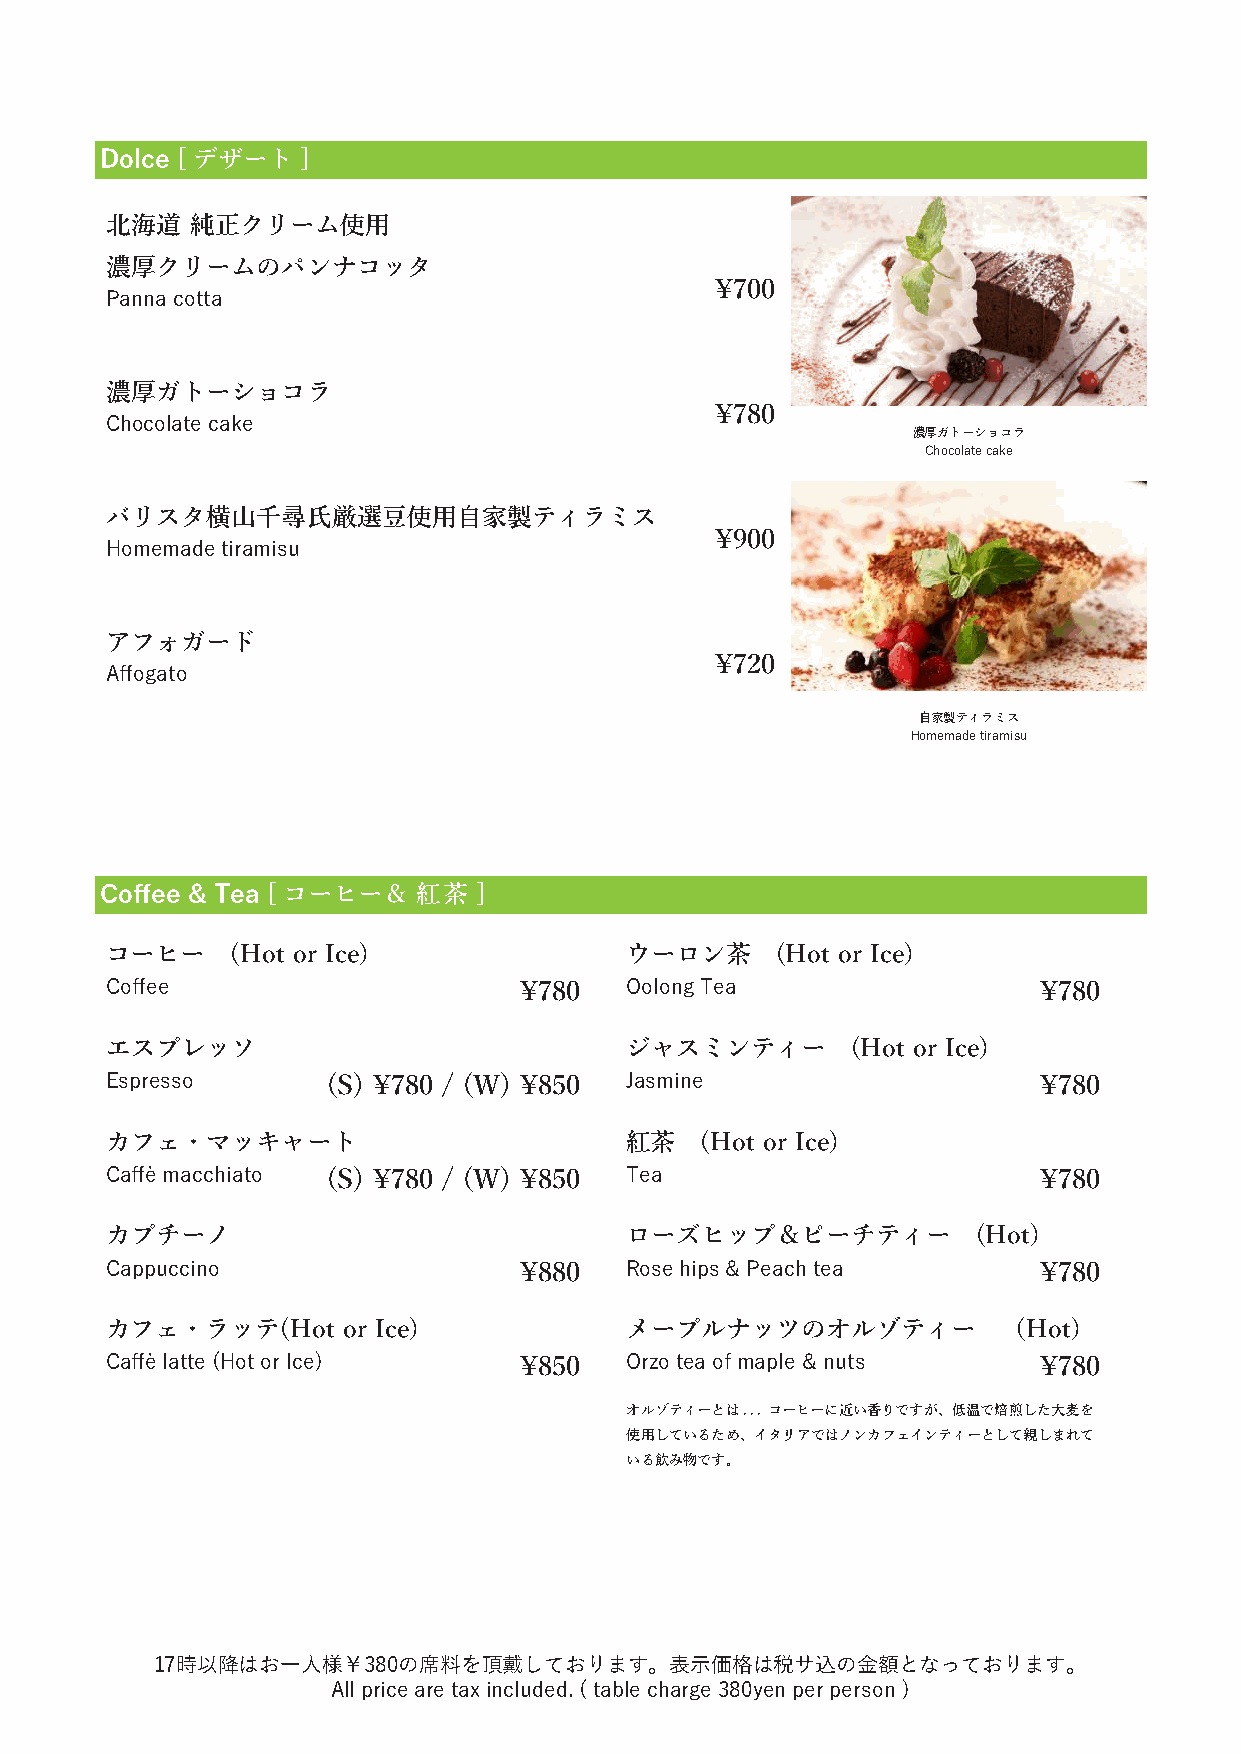
Dolce [デザート]
 北海道   純正クリーム使用
 濃厚クリームのパンナコッタ
 \700
 Panna cotta
 濃厚ガトーショコラ
 \780
 Chocolate cake
 濃厚ガトーショコラ
 Chocolate cake
 バリスタ横山千尋氏厳選豆使用自家製ティラミス
 \900
 Homemade tiramisu
 アフォガード
 \720
 Affogato
 自家製ティラミス
 Homemade tiramisu
 Coffee & Tea [コーヒー＆  紅茶  ]
 コーヒー    (Hot or Ice)              ウーロン茶     (Hot or Ice)
 Coffee                     \780   Oolong Tea                  \780
 エスプレッソ                            ジャスミンティー       (Hot or Ice)
 Espresso       (S) \780 / (W) \850 Jasmine                    \780
 カフェ・マッキャート                        紅茶   (Hot or Ice)
 Caffè macchiato (S) \780 / (W) \850 Tea                       \780
 カプチーノ                             ローズヒップ＆ピーチティー           (Hot)
 Cappuccino                 \880   Rose hips & Peach tea       \780
 カフェ・ラッテ(Hot     or Ice)           メープルナッツのオルゾティー           （Hot)
 Caffè latte (Hot or Ice)   \850   Orzo tea of maple & nuts    \780
 オルゾティーとは... コーヒーに近い香りですが、低温で焙煎した大麦を
 使用しているため、イタリアではノンカフェインティーとして親しまれて
 いる飲み物です。
 17時以降はお一人様￥380の席料を頂戴しております。表示価格は税サ込の金額となっております。
 All price are tax included. ( table charge 380yen per person )